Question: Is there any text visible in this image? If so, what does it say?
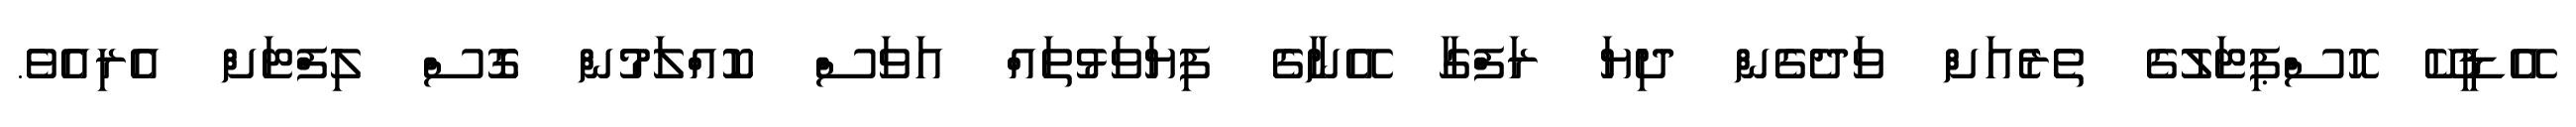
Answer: އޭޑީކޭ ހޮސްޕިޓަލުގެ ތެރެއަށް ވަދެގެން ދިޔަ ރަފްގާ އޭނާގެ ފިޔަވަޅުތައް އަވަސް ކޮއްލަމުން ގޮސް ލިފްޓަށް އެރިއެވެ.